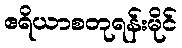
ဧရိယာစတုရန်းမိုင်